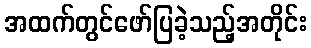
အထက်တွင်ဖော်ပြခဲ့သည့်အတိုင်း